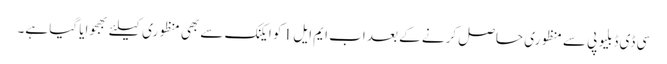
سی ڈی ڈبلیو پی سے منظوری حاصل کرنے کے بعد اب ایم ایل 1 کو ایکنک سے بھی منظوری کیلئے بھجوایا گیا ہے۔